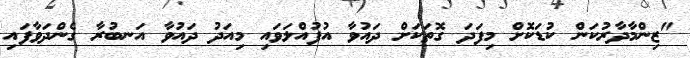
"ޒިންމާދާރުކަން ކުޑަކޮށް މިފަދަ ގޮތަކަށް ދައުވާ އުފުއްލަވައި މިއަދު ދައުވާ އަނބުރާ ގެންދަވާފައި